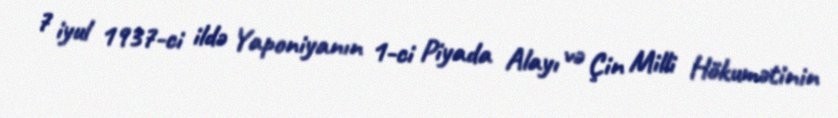
7 iyul 1937-ci ildə Yaponiyanın 1-ci Piyada Alayı və Çin Milli Hökumətinin